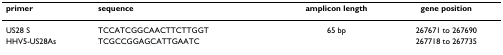
<table><thead><tr><td><b>primer</b></td><td><b>sequence</b></td><td><b>amplicon length</b></td><td><b>gene position</b></td></tr></thead><tbody><tr><td>US28 S</td><td>TCCATCGGCAACTTCTTGGT</td><td>65 bp</td><td>267671 to 267690</td></tr><tr><td>HHV5-US28As</td><td>TCGCCGGAGCATTGAATC</td><td></td><td>267718 to 267735</td></tr></tbody></table>